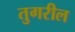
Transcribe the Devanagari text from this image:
तुगरील